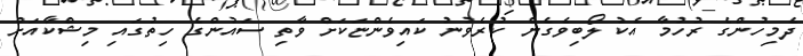
ދެމިހުންގެ ރުހުމާ އެކު ލޯބިވެގެން ކުރެވުނު ކައިވެންޏަކަށް ވާތި ސައުންގެ ހިތުގައި މިޝްކާއަށް